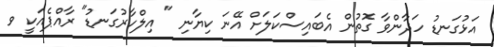
އަޅުގަނޑު ހަދާންވާ ގޮތުން އެބައިސްކަލަށް އޭނަ ކިޔާނި " އިލްހާރުގަނޑު" ރާއްޕެއަކީ ވ